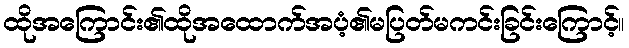
ထိုအကြောင်း၏ထိုအထောက်အပံ့၏မပြတ်မကင်းခြင်းကြောင့်။